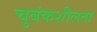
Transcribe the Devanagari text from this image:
चुबंकशीलता